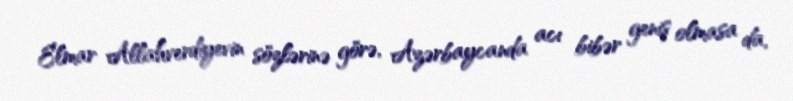
Elmar Allahverdiyevin sözlərinə görə, Azərbaycanda acı bibər geniş olmasa da,